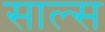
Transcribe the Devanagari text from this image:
साल्स